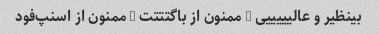
بینظیر و عالیییییی … ممنون از باگتتتت … ممنون از اسنپ‌فود